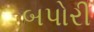
બપોરી